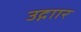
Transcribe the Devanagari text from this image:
उद्गाार